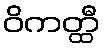
ဝိကတ္ထီ